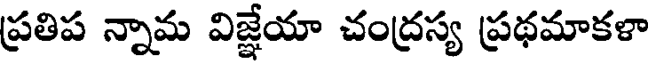
ప్రతిప న్నామ విజ్ఞేయా చంద్రస్య ప్రథమాకళా